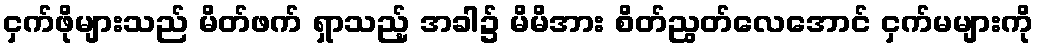
ငှက်ဖိုများသည် မိတ်ဖက် ရှာသည့် အခါ၌ မိမိအား စိတ်ညွတ်လေအောင် ငှက်မများကို